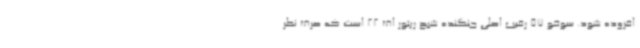
افزوده شود. سوخو 57 رقیب اصلی جنگنده شبح رپتور اف 22 است که صرف نظر